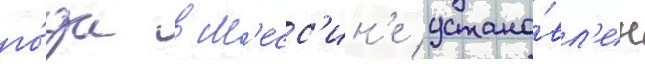
го́да в м'есс'ин'е устано́вл'ен